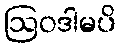
ဩဝဒါမပိ